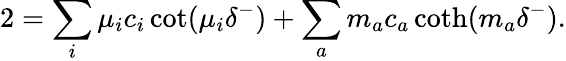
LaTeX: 2=\sum_{i}\mu_{i}c_{i}\cot(\mu_{i}\delta^{-})+\sum_{a}m_{a}c_{a}\coth(m_{a}\delta^{-}).